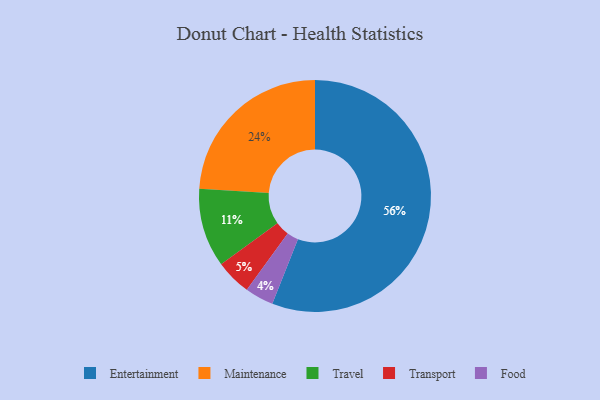
{"axis": {"x": "Category", "y": "Percentage"}, "legend": ["Entertainment", "Food", "Maintenance", "Transport", "Travel"], "data": [{"x": "Entertainment", "y": 56, "type": "Entertainment"}, {"x": "Travel", "y": 11, "type": "Travel"}, {"x": "Transport", "y": 5, "type": "Transport"}, {"x": "Food", "y": 4, "type": "Food"}, {"x": "Maintenance", "y": 24, "type": "Maintenance"}]}